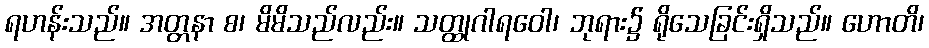
ရဟန်းသည်။ အတ္တနာ စ၊ မိမိသည်လည်း။ သတ္ထုဂါရဝေါ၊ ဘုရား၌ ရိုသေခြင်းရှိသည်။ ဟောတိ၊